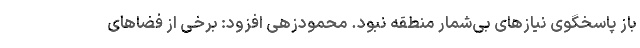
باز پاسخگوی نیازهای بی‌شمار منطقه نبود. محمودزهی افزود: برخی از فضاهای